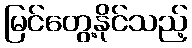
မြင်တွေ့နိုင်သည့်